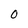
Character: 0